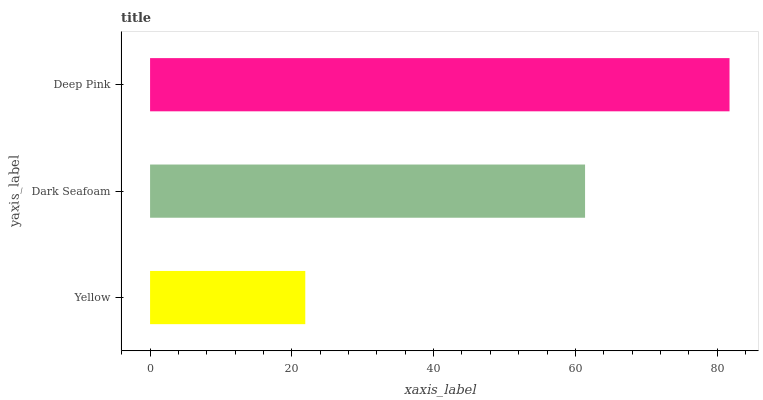
| yaxis_label | bars |
 | --- | --- |
 | Yellow | 21.9 |
 | Dark Seafoam | 61.4 |
 | Deep Pink | 81.7 |